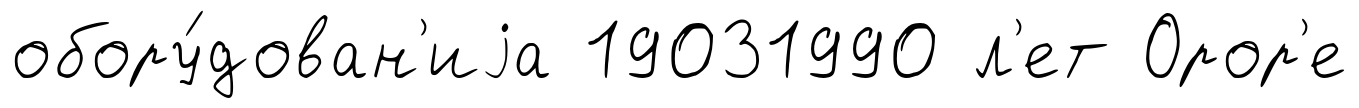
обору́дован'иjа 19031990 л'ет Орор'е